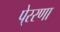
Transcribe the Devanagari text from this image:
पे्ररणा